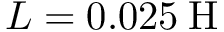
L = 0 . 0 2 5 \: \mathrm { H }